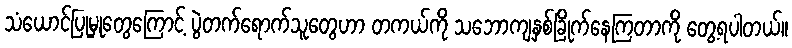
သံယောင်ပြုမှုတွေကြောင့် ပွဲတက်ရောက်သူတွေဟာ တကယ်ကို သဘောကျနှစ်ခြိုက်နေကြတာကို တွေ့ရပါတယ်။